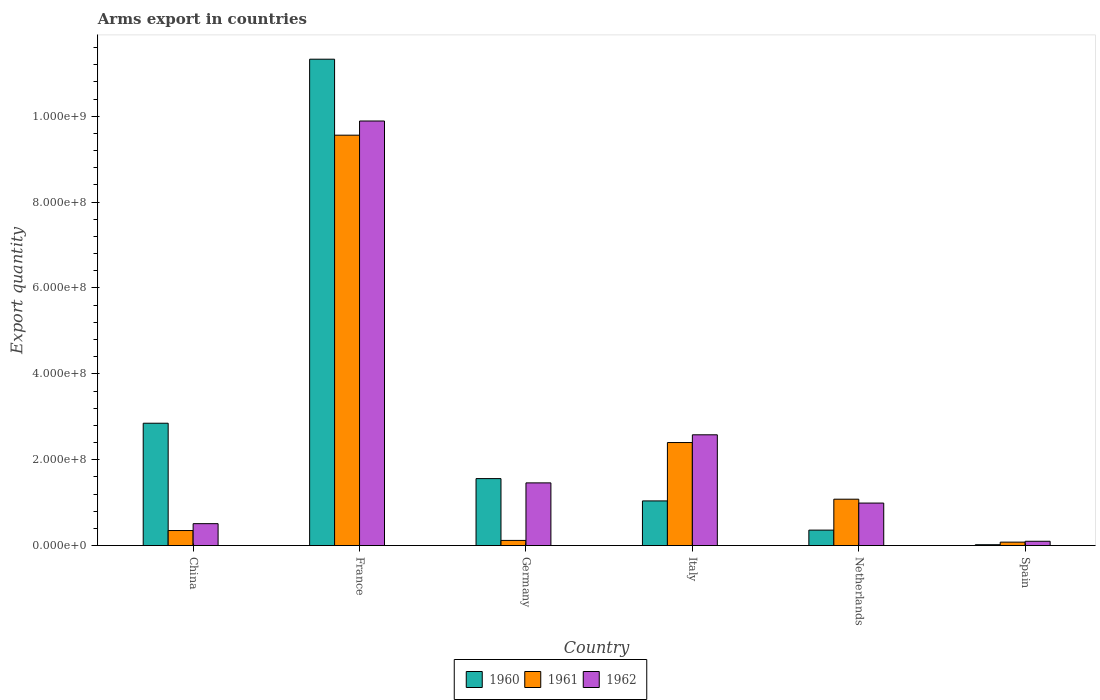
| Country | 1960 | 1961 | 1962 |
 | --- | --- | --- | --- |
 | China | 2.85e+08 | 3.5e+07 | 5.1e+07 |
 | France | 1.13e+09 | 9.56e+08 | 9.89e+08 |
 | Germany | 1.56e+08 | 1.2e+07 | 1.46e+08 |
 | Italy | 1.04e+08 | 2.4e+08 | 2.58e+08 |
 | Netherlands | 3.6e+07 | 1.08e+08 | 9.9e+07 |
 | Spain | 2e+06 | 8e+06 | 1e+07 |